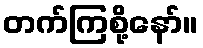
တက်ကြစို့နော်။